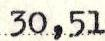
30,51